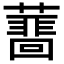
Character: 𧁝